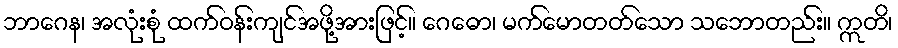
ဘာဂေန၊ အလုံးစုံ ထက်ဝန်းကျင်အဖို့အားဖြင့်။ ဂေဓော၊ မက်မောတတ်သော သဘောတည်း။ ဣတိ၊